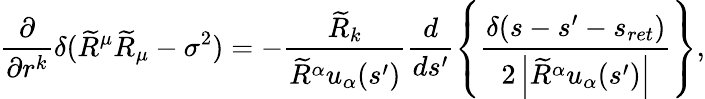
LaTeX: \frac{\partial}{\partial r^{k}}\delta(\widetilde{R}^{\mu}\widetilde{R}_{\mu}-\sigma^{2})=-\frac{\widetilde{R}_{k}}{\widetilde{R}^{\alpha}u_{\alpha}(s^{\prime})}\frac{d}{ds^{\prime}}\left\{ \frac{\delta(s-s^{\prime}-s_{ret})}{2\left\vert\widetilde{R}^{\alpha}u_{\alpha}(s^{\prime})\right\vert}\right\} ,